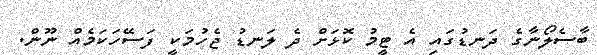
ބާސެލޯނާގެ ދަނޑުގައި އެ ޓީމު ކޮޅަށް ދެ ލަނޑު ޖެހުމަކީ ފަސޭހަކަމެއް ނޫން.